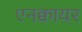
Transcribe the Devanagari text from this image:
एनक्वायर